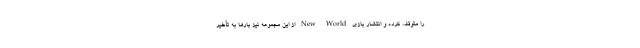
را متوقف کرده و انتشار بازی New World از این مجموعه نیز بارها به تأخیر